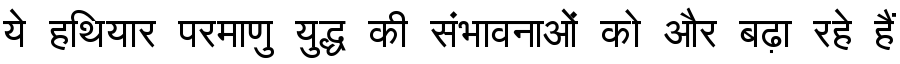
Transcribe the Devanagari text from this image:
ये हथियार परमाणु युद्ध की संभावनाओं को और बढ़ा रहे हैं